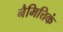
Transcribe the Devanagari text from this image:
नैमित्तिकं